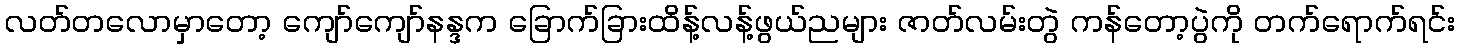
လတ်တလောမှာတော့ ကျော်ကျော်နန္ဒက ခြောက်ခြားထိန့်လန့်ဖွယ်ညများ ဇာတ်လမ်းတွဲ ကန်တော့ပွဲကို တက်ရောက်ရင်း